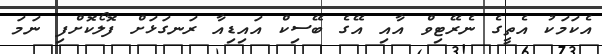
އެކަމަކު އެތީގެ ނެރޭޓިވް އާއި އޭގެ ބޭސިކް އައިޑިއާ ރަނގަޅަށް ފޮލޯކޮށްފި ނަމަ